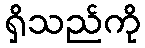
ရှိသည်ကို